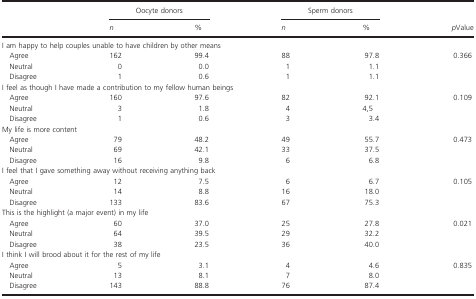
<table><thead><tr><td></td><td colspan="2"><b>Oocyte donors</b></td><td colspan="2"><b>Sperm donors</b></td><td></td></tr><tr><td></td><td><b><i>n</i></b></td><td><b>%</b></td><td><b><i>n</i></b></td><td><b>%</b></td><td rowspan="2"><b><i>p</i>Value</b></td></tr></thead><tbody><tr><td colspan="6">I am happy to help couples unable to have children by other means</td></tr><tr><td> Agree</td><td>162</td><td>99.4</td><td>88</td><td>97.8</td><td rowspan="3">0.366</td></tr><tr><td> Neutral</td><td>0</td><td>0.0</td><td>1</td><td>1.1</td></tr><tr><td> Disagree</td><td>1</td><td>0.6</td><td>1</td><td>1.1</td></tr><tr><td colspan="6">I feel as though I have made a contribution to my fellow human beings</td></tr><tr><td> Agree</td><td>160</td><td>97.6</td><td>82</td><td>92.1</td><td rowspan="3">0.109</td></tr><tr><td> Neutral</td><td>3</td><td>1.8</td><td>4</td><td>4,5</td></tr><tr><td> Disagree</td><td>1</td><td>0.6</td><td>3</td><td>3.4</td></tr><tr><td colspan="6">My life is more content</td></tr><tr><td> Agree</td><td>79</td><td>48.2</td><td>49</td><td>55.7</td><td rowspan="3">0.473</td></tr><tr><td> Neutral</td><td>69</td><td>42.1</td><td>33</td><td>37.5</td></tr><tr><td> Disagree</td><td>16</td><td>9.8</td><td>6</td><td>6.8</td></tr><tr><td colspan="6">I feel that I gave something away without receiving anything back</td></tr><tr><td> Agree</td><td>12</td><td>7.5</td><td>6</td><td>6.7</td><td rowspan="3">0.105</td></tr><tr><td> Neutral</td><td>14</td><td>8.8</td><td>16</td><td>18.0</td></tr><tr><td> Disagree</td><td>133</td><td>83.6</td><td>67</td><td>75.3</td></tr><tr><td colspan="6">This is the highlight (a major event) in my life</td></tr><tr><td> Agree</td><td>60</td><td>37.0</td><td>25</td><td>27.8</td><td rowspan="3">0.021</td></tr><tr><td> Neutral</td><td>64</td><td>39.5</td><td>29</td><td>32.2</td></tr><tr><td> Disagree</td><td>38</td><td>23.5</td><td>36</td><td>40.0</td></tr><tr><td colspan="6">I think I will brood about it for the rest of my life</td></tr><tr><td> Agree</td><td>5</td><td>3.1</td><td>4</td><td>4.6</td><td rowspan="3">0.835</td></tr><tr><td> Neutral</td><td>13</td><td>8.1</td><td>7</td><td>8.0</td></tr><tr><td> Disagree</td><td>143</td><td>88.8</td><td>76</td><td>87.4</td></tr></tbody></table>